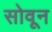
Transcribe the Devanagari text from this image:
सोवून